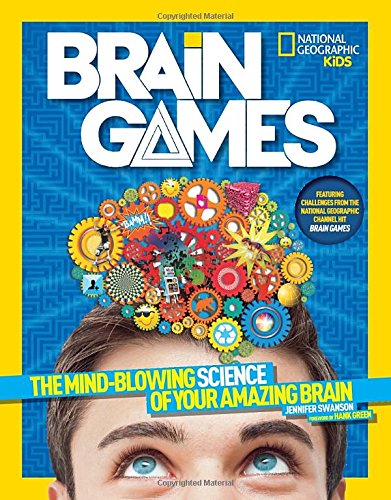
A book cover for National Geographic Kids Brain Games: The Mind-Blowing Science of Your Amazing Brain; Jennifer Swanson; Children's Books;